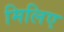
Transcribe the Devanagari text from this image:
मिलिए